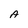
Character: A